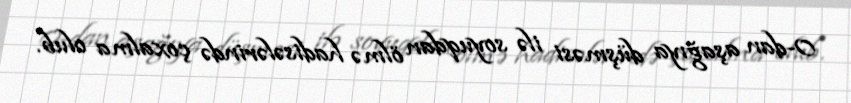
0-dan aşağıya düşməsi ilə soyuqdan ölmə hadisələrində çoxalma olub.